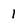
Character: I